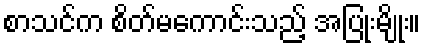
စာသင်က စိတ်မကောင်းသည့် အပြုံးမျိုး။